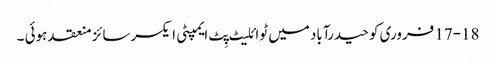
17-18 فروری کو حیدرآباد میں ٹوائلیٹ پِٹ ایمپٹی ایکسرسائز منعقد ہوئی ۔